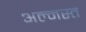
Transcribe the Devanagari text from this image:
अल्मस्त